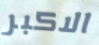
الاكبر